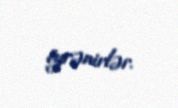
öyrənirlər.